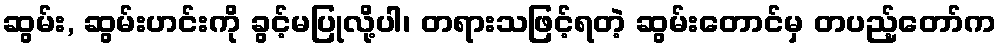
ဆွမ်း, ဆွမ်းဟင်းကို ခွင့်မပြုလို့ပါ၊ တရားသဖြင့်ရတဲ့ ဆွမ်းတောင်မှ တပည့်တော်က